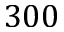
3 0 0